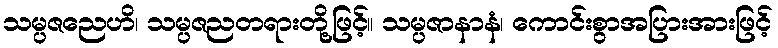
သမ္ပဇညေဟိ၊ သမ္ပဇညတရားတို့ဖြင့်။ သမ္ပဇာနာနံ၊ ကောင်းစွာအပြားအားဖြင့်